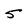
Character: 5